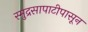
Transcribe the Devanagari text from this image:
स्मुद्रसापाटीपासून